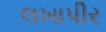
લખાપીર